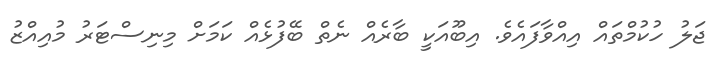
ޖަލު ހުކުމްތައް އިއްވާފައެވެ. އިބޫއަކީ ބާރެއް ނެތް ބޭފުޅެއް ކަމަށް މިނިސްޓަރު މުއިއްޒު